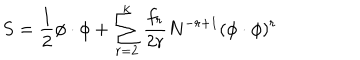
LaTeX: S = \frac 1 2 \phi \cdot \phi + \sum _ { r = 2 } ^ { k } \frac { f _ { r } } { 2 r } N ^ { - r + 1 } ( \phi \cdot \phi ) ^ { r }